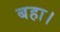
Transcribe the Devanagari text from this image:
बहा।